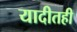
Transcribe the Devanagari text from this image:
यादीतही